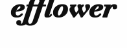
efflower